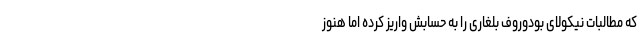
که مطالبات نیکولای بودوروف بلغاری را به حسابش واریز کرده اما هنوز